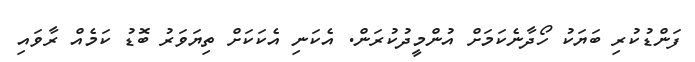
ފަންޑުކުރި ބަޔަކު ހޯދާނެކަމަށް އުންމީދުކުރަން. އެކަނި އެކަކަށް ތިޔަވަރު ބޮޑު ކަމެއް ރާވައި